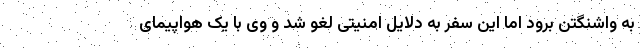
به واشنگتن برود اما این سفر به دلایل امنیتی لغو شد و وی با یک هواپیمای